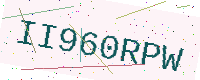
Text: II960RPW